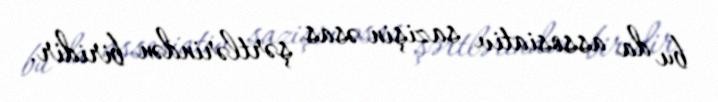
bu da assosiativ sazişin əsas şərtlərindən biridir.